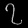
Digit: ၇